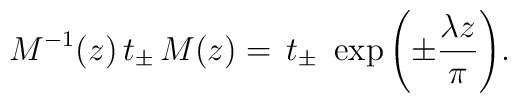
M^{-1}(z)\,t_\pm\,M(z)= \,t_\pm\,\,\exp{\left(\pm\frac{\lambda z}{\pi}\right)}.